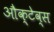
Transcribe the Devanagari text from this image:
औक्टेव्स